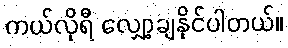
ကယ်လိုရီ လျှော့ချနိုင်ပါတယ်။